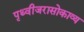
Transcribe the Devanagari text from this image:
पृथ्वीजरासोकाव्य